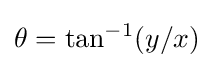
\theta =\tan ^{-1}(y/x)